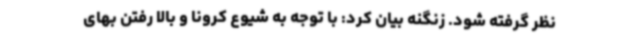
نظر گرفته شود. زنگنه بیان کرد: با توجه به شیوع کرونا و بالا رفتن بهای